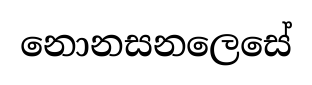
නොනසනලෙසේ